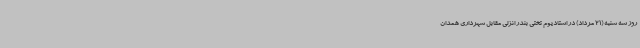
روز سه شنبه (21 مرداد) در استادیوم تختی بندر انزلی مقابل شهرداری همدان